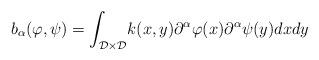
LaTeX: \begin{align*}b_{\alpha}(\varphi,\psi) = \int_{\mathcal{D}\times\mathcal{D}}&k(x,y)\partial^{\alpha}\varphi(x)\partial^{\alpha}\psi(y)dxdy\end{align*}